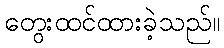
တွေးထင်ထားခဲ့သည်။